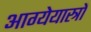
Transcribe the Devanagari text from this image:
आग्येयास्त्रों